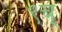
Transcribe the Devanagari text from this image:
९च्